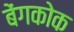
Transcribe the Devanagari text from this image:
बेंगकोक